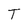
Character: T